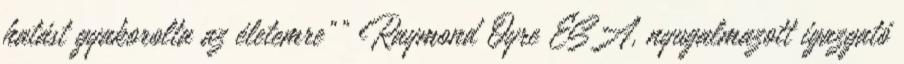
hatást gyakorolta az életemre"" Raymond Oyre ESA, nyugalmazott igazgató